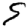
Digit: 9